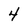
Character: 4